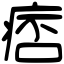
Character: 痞